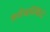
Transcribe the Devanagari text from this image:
सर्वखल्विदं